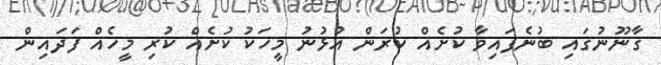
ގާނޫނުގައި ބުނެފައިވާ ކުށެއް ކުރަން އުޅުނު މީހަކު ކުށެއް ކުރި މީހެއް ފަދައިން